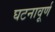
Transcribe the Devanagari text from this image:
घटनावूर्ण